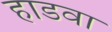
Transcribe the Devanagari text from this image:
हाडवा